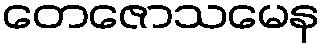
တေဇောသမေန